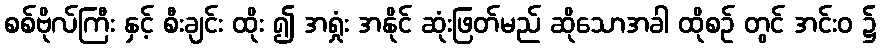
စစ်ဗိုလ်ကြီး နှင့် စီးချင်း ထိုး ၍ အရှုံး အနိုင် ဆုံးဖြတ်မည် ဆိုသောအခါ ထိုစဉ် တွင် အင်းဝ ၌